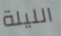
الليلة